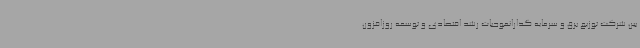
بین شرکت توزیع برق و سرمایه گذارانموجبات رشد اقتصادی و توسعه روزافزون